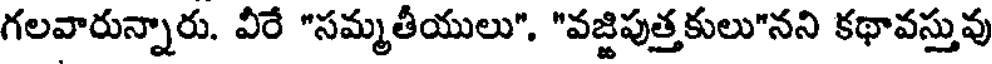
గలవారున్నారు. వీరే "సమ్మతీయులు". "వజ్జిపుత్తకులు"నని కథావస్తువు